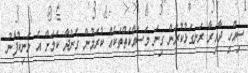
ސިއްހީ ދާއިރާ ރަނގަޅުކުރަން ގިނަ މަސައްކަތްތަކެއް ކުރަމުން ގެންދާ ކަމަށް އެ މަނިކުފާނު